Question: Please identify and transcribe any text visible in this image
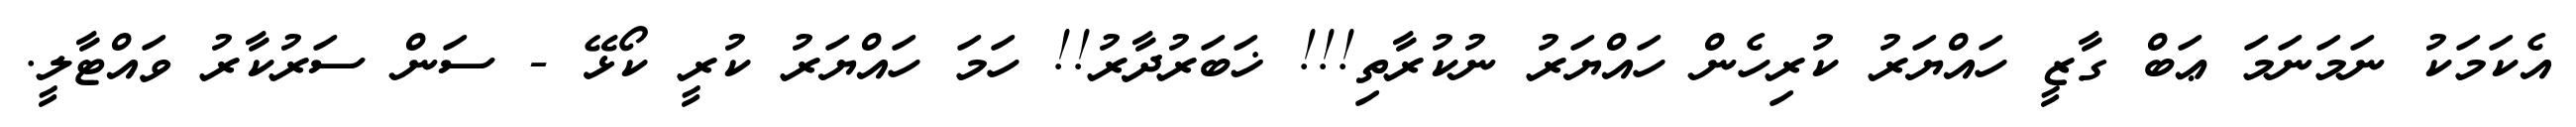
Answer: އެކަމަކު ނަމަނަމަ ޢަބް ގާޒީ ހައްޔަރު ކުރިހެން ހައްޔަރު ނުކުރާތި!!! ޚަބަރުދާރު!! ހަމަ ހައްޔަރު ކުރީ ކޯޅޭ - ސަން ސަރުކާރު ވައްޓާލީ.